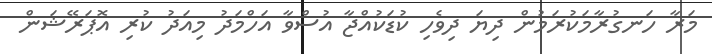
މަރާ ހަނގުރާމަކުރަމުން ދިޔަ ދިވެހި ކުޑަކުއްޖާ އުސްވާ އަހްމަދު މިއަދު ކުރި އޮޕަރޭޝަން